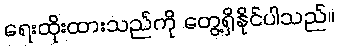
ရေးထိုးထားသည်ကို တွေ့ရှိနိုင်ပါသည်။